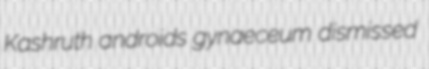
Kashruth androids gynaeceum dismissed